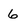
Character: 6